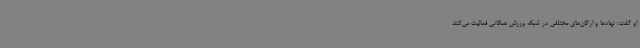
او گفت: نهادها و ارگان‌های مختلفی در شبکه ورزش همگانی فعالیت می‌کنند